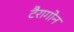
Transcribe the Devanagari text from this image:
टैरागोन